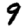
Digit: 9